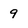
Character: 9